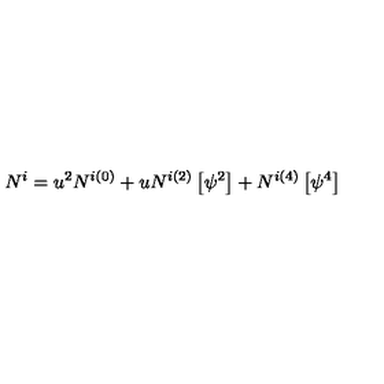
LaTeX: N ^ { i } = u ^ { 2 } N ^ { i ( 0 ) } + u N ^ { i ( 2 ) } \left[ \psi ^ { 2 } \right] + N ^ { i ( 4 ) } \left[ \psi ^ { 4 } \right]